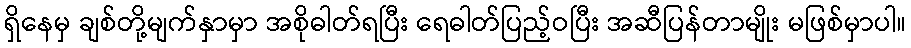
ရှိနေမှ ချစ်တို့မျက်နှာမှာ အစိုဓါတ်ရပြီး ရေဓါတ်ပြည့်ဝပြီး အဆီပြန်တာမျိုး မဖြစ်မှာပါ။